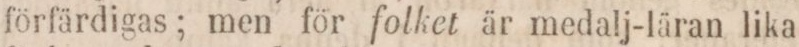
förfärdigas; men för folket är medalj-läran lika